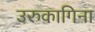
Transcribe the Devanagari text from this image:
उरुकागिना